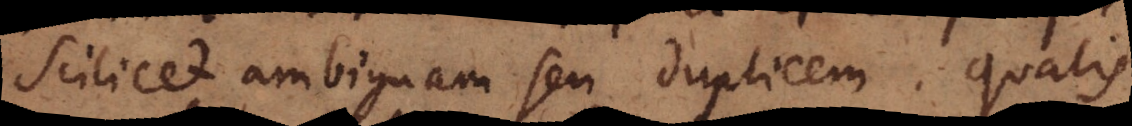
scilicet ambiguam seu duplicem. Qualis